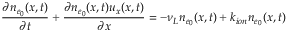
\frac { \partial n _ { e _ { 0 } } ( x , t ) } { \partial t } + \frac { \partial n _ { e _ { 0 } } ( x , t ) u _ { x } ( x , t ) } { \partial x } = - \nu _ { L } n _ { e _ { 0 } } ( x , t ) + k _ { i o n } n _ { e _ { 0 } } ( x , t )